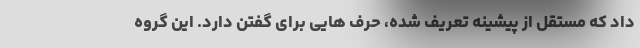
داد که مستقل از پیشینه تعریف شده، حرف هایی برای گفتن دارد. این گروه